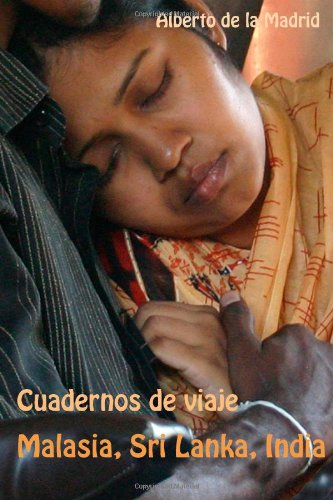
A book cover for Cuadernos de viaje. Malasia, Sri Lanka, India (Spanish Edition); Alberto de la Madrid; Travel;